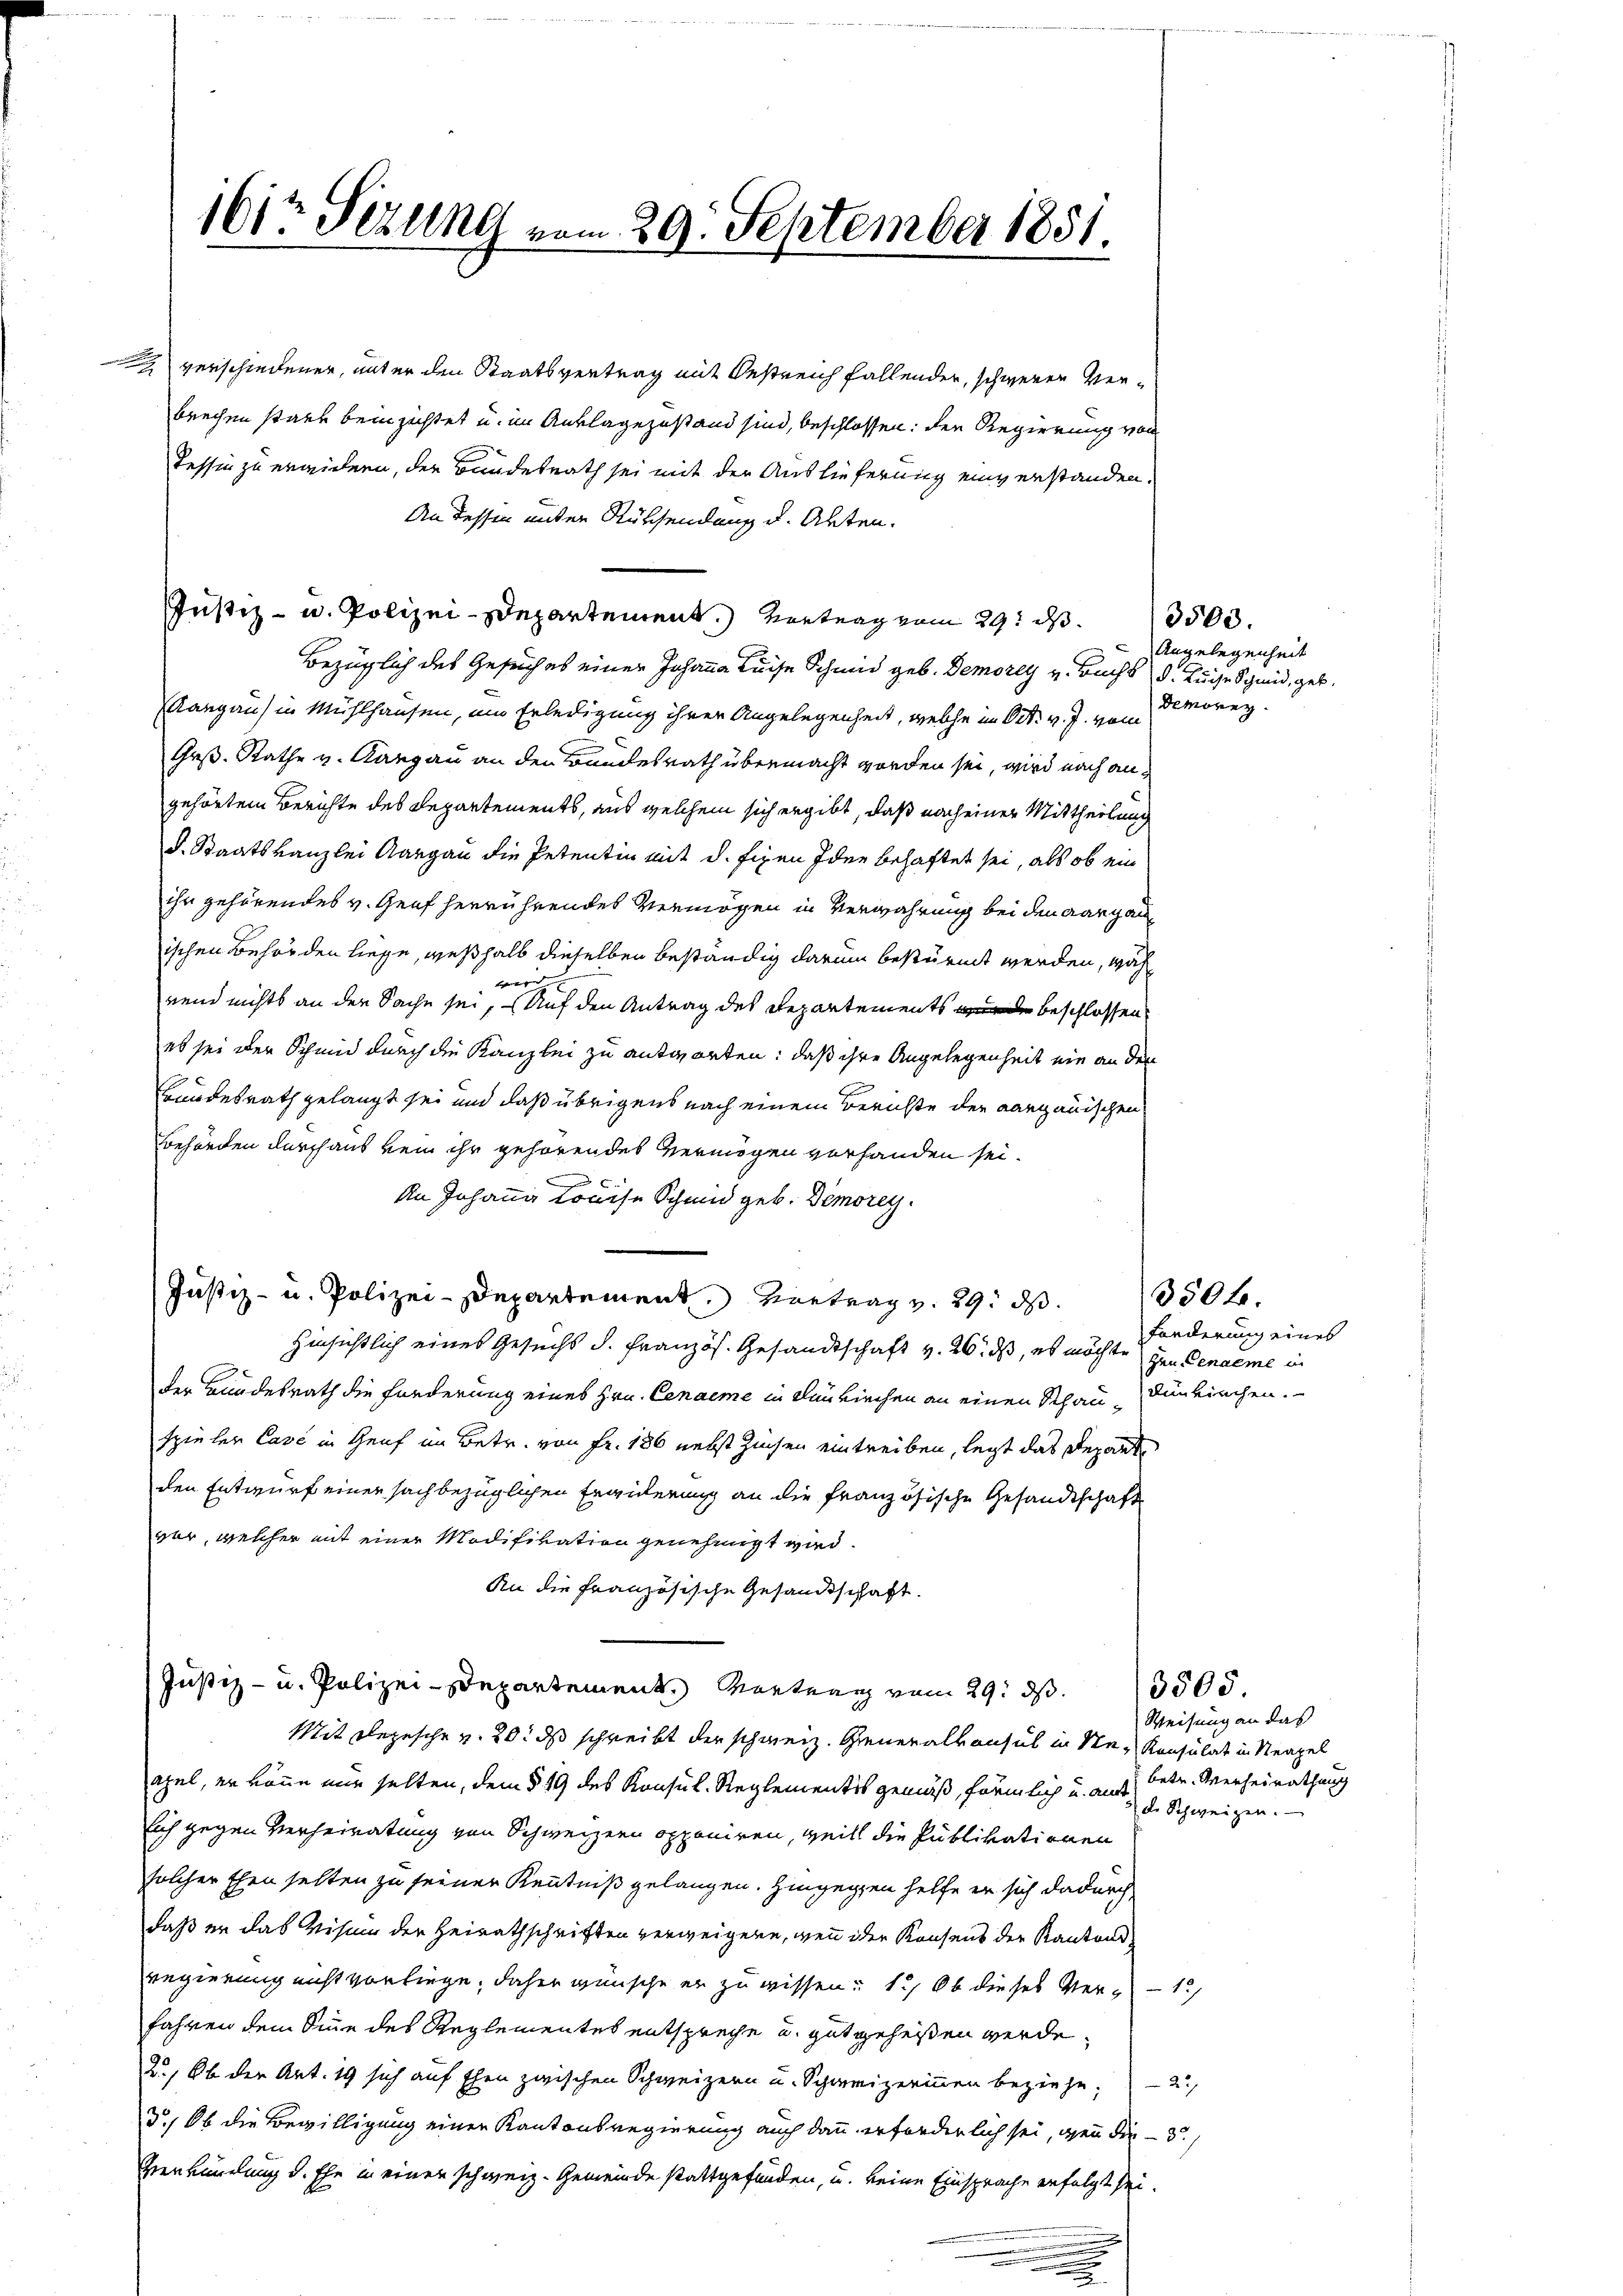
verschiedener, unter den Staatsvertrag mit Oestreich fallenden, schweren Verbrechen stant bein zichtet u. im Auflagezustand sind, beschlossen: den Regierung von
Tessin zu erwidern, der Bundesrath sei mit der Auslieferung einverstanden.
An dessen unter Rücksendung u. Akten.
Justiz- u. Polizei-Departement.) Vortrag vom 29t ds.
Bezüglich des Gesuch es einer Johanna Keise Schmid geb. Demorey v. Buchs d. Zuge Schmid, geb.
Rangau) in Mühlhausen, ein Erledigung ihrer Angelegenheit, welche im Ort. v. J. vom
Grß. Rathe v. Aargau an den Bundesrath übermacht worden sei, wird nach angehörtem Berichte des Departements, aus welchem sich ergibt, daß nach einer Mittheilung
d. Staatskanzlei Aargau die Petentin mit d. fixen Idee behaftet sei, als ob ein
ihn gehörendes v. Graf herrührendes Vermögen in Verwahrung bei den aargau
ischen Behörden liesse, weßhalb dieselben beständig darum bestürmt werden, wähbierte sie |
rend nichts an den Sache sei, auf den Antrag des Departements de beschlossen
es sei der Schmid durch die Kanzlei zu antworten: daß ihre Angelegenheit ein an den
Bundesrath gelangt sei und daß übrigens nach einem Berichte der aargauischen
Behörden durchaus kein ihr gehörendes Vermögen vorhanden sei.
An Johanna Louise Schmid geb. Demorey.
Justiz- u. Polizei-Departement. Vortrag v. 29. ds.
Hinsichtlich eines Gesuchs d. Französ. Gesandtschaft v. 26. ds, es möchte zur Genaeme in
der Bundesrath die Forderung eines Hrn. Cenaeme in Dunkirchen an einen Schau, Dünkirchen.
spielen Case in Genf im Betr. von Fr. 186 nebst Zinsen eintreiben, legt das Departe
den Entwurf einer sachbezüglichen Erwiderung an die französische Gesandtschaft
vor, welcher mit einer Modifikation genehmigt wird.
An die Französische Gesandtschaft.
Justiz- u. Polizei-Stepartement. Vortrag vom 29. ds.
Mit Depesche v. 20. ds schreibt der schweiz. Generalkonsul in Ste- Konsulat in Neapel
apel, er könne nur selten, dem § 19 des Konsul. Reglementis gemäß, förmlich u. auslich gegen Verheiratung von Schweizern opponiren, weil die Publivationen
solcher Ehen selten zu seiner Kenntniß gelangen. Hingegen helfe er sich dadurch
daß er das Visum der Heirathschriften verweigern, wenn der Konsens der Kantonsregierung nicht vorliege, daher wünsche er zu wissen: 1., Ob dieses Ver-
fahren dem Sinne des Reglementes entspreche u. gut geheißen werde.
2., Ob der Art. 19 sich auf Ehen zwischen Schweizern u. Schweizerinnen beziehe; 2.
3., Ob die Bewilligung einer Kantonsregierung auch dann erforderlich sei, wenn die - 3.)
Verkündung d. Ehe in einen schweiz. Gemeinde stattgefunden, u. keine Einsprache erfolgt sei.

1612 Sizung vom 29. September 1851.

3503.
Angelegenheit
Demorez.

350fr.
fänderung eines

3505.
Weisung an das
betr. Verheirathung
de Schweigen.